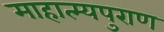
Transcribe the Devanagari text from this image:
माहात्म्यपुराण